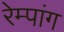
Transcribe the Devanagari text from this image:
रेम्पांग